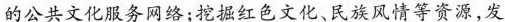
的公共文化服务网络；挖掘红色文化、民族风情等资源，发